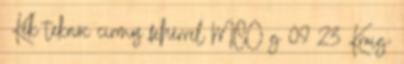
♀Kék teknőc cirmos fehérrel MCO g 09 23 Kraig: